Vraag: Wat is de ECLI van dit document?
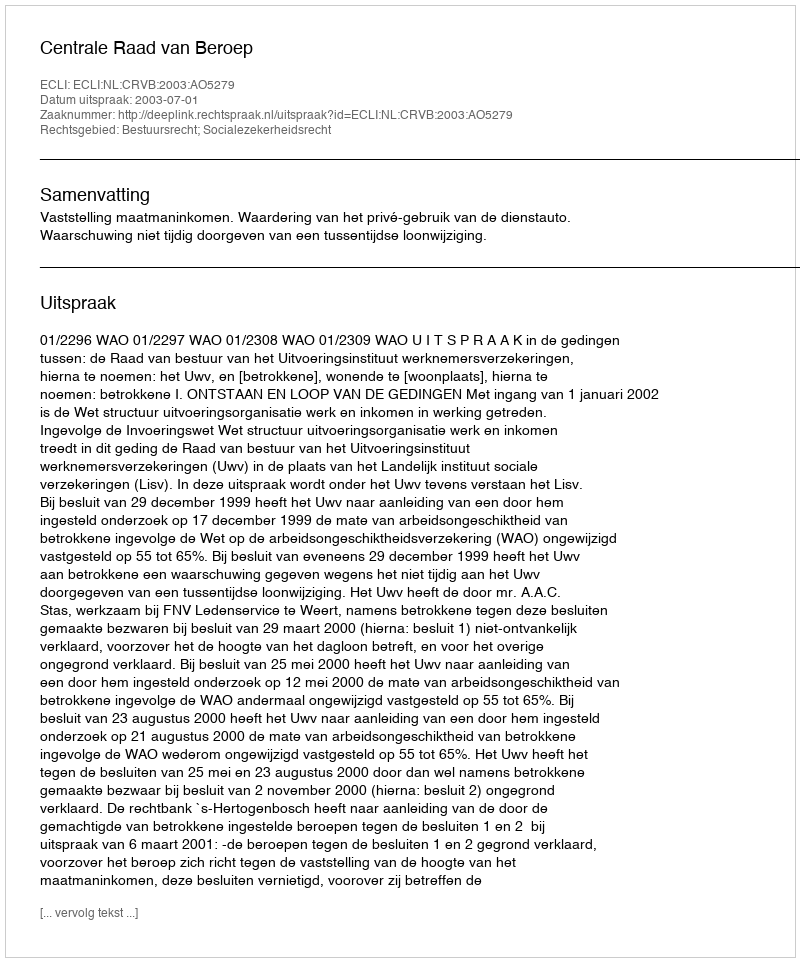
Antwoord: ECLI:NL:CRVB:2003:AO5279